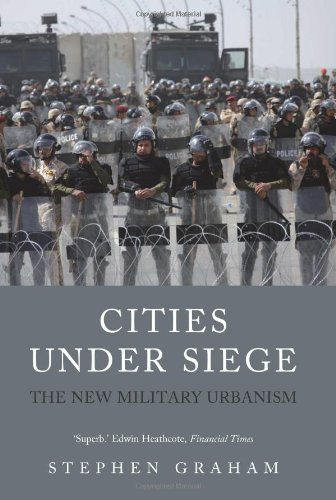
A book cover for Cities Under Siege: The New Military Urbanism; Stephen Graham; Engineering & Transportation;